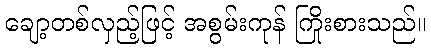
ချော့တစ်လှည့်ဖြင့် အစွမ်းကုန် ကြိုးစားသည်။